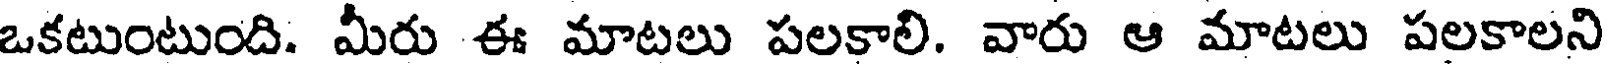
ఒకటుంటుంది: మీరు ఈ మాటలు పలకాలి. వారు ఆ మాటలు పలకాలని